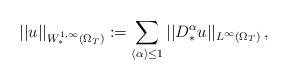
LaTeX: \begin{align*}||u||_{W^{1,\infty}_{\ast}(\Omega_T)}:=\sum_{\langle\alpha\rangle\leq1}||D^{\alpha}_{\ast}u||_{L^{\infty}(\Omega_T)}\,,\end{align*}